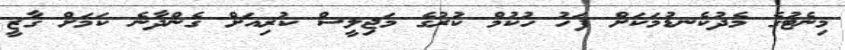
މިނެޓުގެ މެދުކެނޑުމަކަށް ފަހު ހުކުމް ކުރުގެ މަޖިލީސް ކުރިއަށް ގެންދާނެ ކަމަށް ގާޒީ